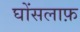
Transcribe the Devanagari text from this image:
घोंसलाफ़